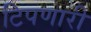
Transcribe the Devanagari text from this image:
टिपणारी